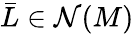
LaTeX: \bar{L}\in\mathcal{N}(M)